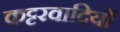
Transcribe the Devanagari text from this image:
कट्टरवादियों